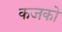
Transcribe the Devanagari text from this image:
कजको